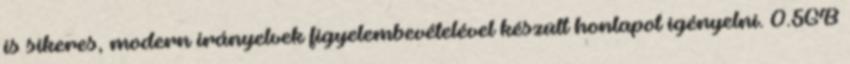
is sikeres, modern irányelvek figyelembevételével készült honlapot igényelni. 0.5GB